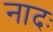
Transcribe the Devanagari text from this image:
नादः